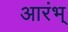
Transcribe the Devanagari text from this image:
आरंभ्